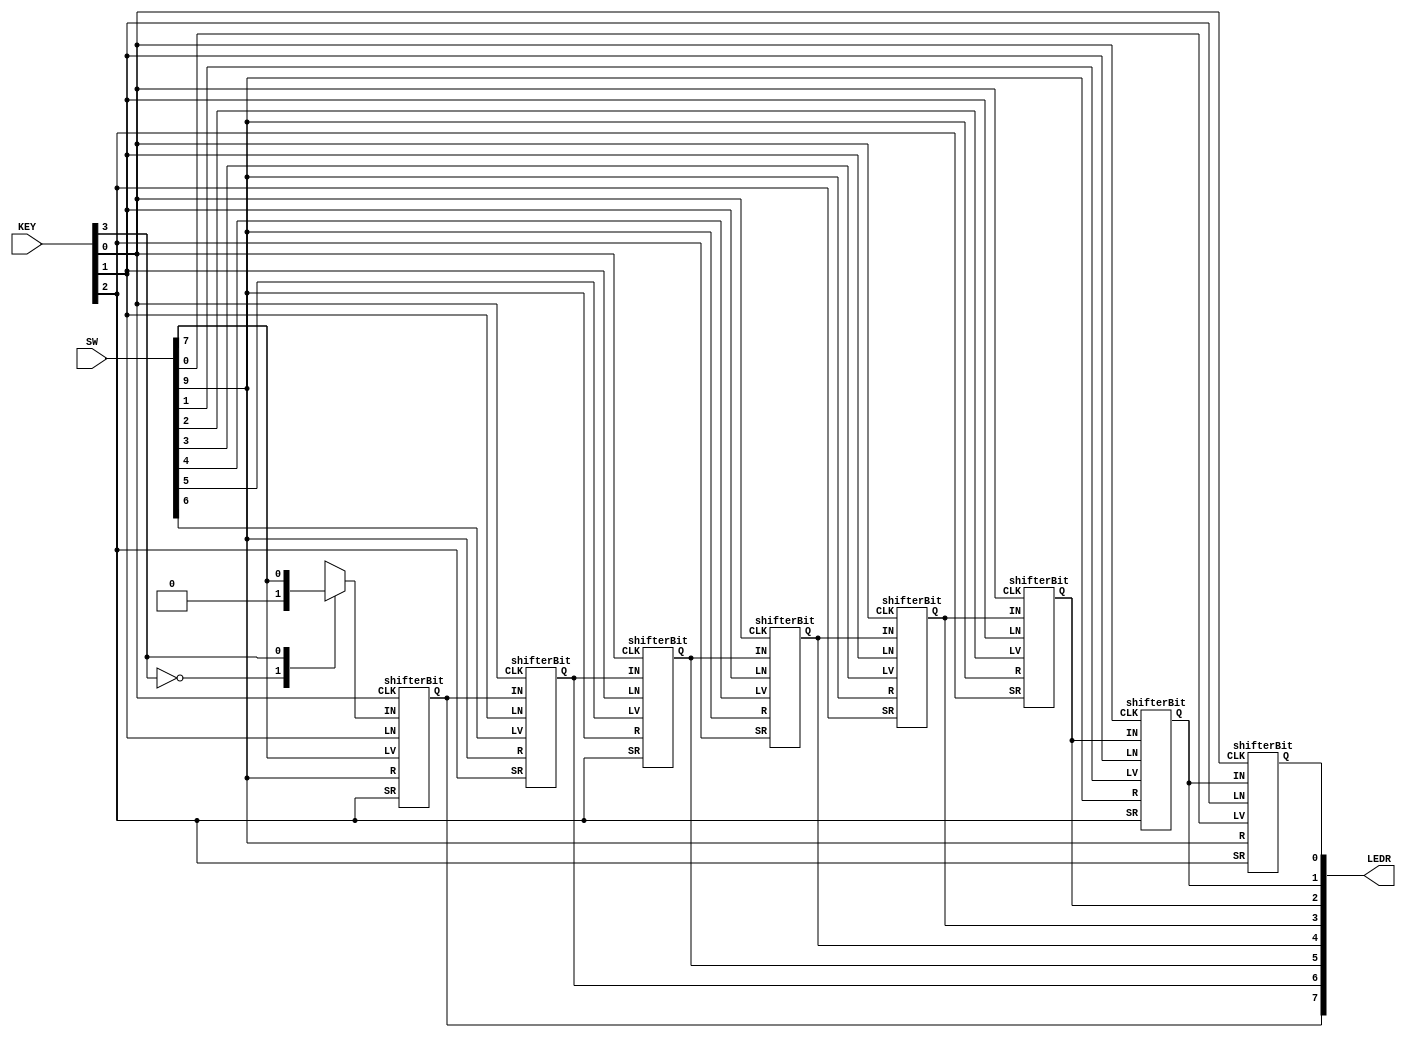
module Part3(SW, KEY, LEDR);
    // SW 7 to 0 for loadVal 7 to 0
	 // SW 9 for reset_n
	 // KEY 1 for load_n
	 // KEY 2 for shift right
	 // KEY 3 for ASR 
	 // KEY 0 for clock
	 // Q to LEDR
	 input [9:0] SW;
	 input [3:0] KEY;
	 output [7:0] LEDR;
	 
	 wire w6, w5, w4, w3, w2, w1, w0;
	 
	 reg firstIn;
		  
	 always @(*)
	 begin
	     case(KEY[3])
		      1'b0: firstIn = 1'b0;
				1'b1: firstIn = SW[7];
				default: firstIn = 1'b0;
			endcase
	 end
	 
	 // left to right bits
	 shifterBit s7(
	     .LV(SW[7]),
		  .IN(firstIn),
		  .LN(KEY[1]),
		  .SR(KEY[2]),
		  .R(SW[9]),
		  .CLK(KEY[0]),
		  .Q(w6)
	 );
	 
	 shifterBit s6(
	     .LV(SW[6]),
		  .IN(w6),
		  .LN(KEY[1]),
		  .SR(KEY[2]),
		  .R(SW[9]),
		  .CLK(KEY[0]),
		  .Q(w5)
	 );
	 
	 shifterBit s5(
	     .LV(SW[5]),
		  .IN(w5),
		  .LN(KEY[1]),
		  .SR(KEY[2]),
		  .R(SW[9]),
		  .CLK(KEY[0]),
		  .Q(w4)
	 );
	 
	 shifterBit s4(
	     .LV(SW[4]),
		  .IN(w4),
		  .LN(KEY[1]),
		  .SR(KEY[2]),
		  .R(SW[9]),
		  .CLK(KEY[0]),
		  .Q(w3)
	 );
	 
	 shifterBit s3(
	     .LV(SW[3]),
		  .IN(w3),
		  .LN(KEY[1]),
		  .SR(KEY[2]),
		  .R(SW[9]),
		  .CLK(KEY[0]),
		  .Q(w2)
	 );
	 
	 shifterBit s2(
	     .LV(SW[2]),
		  .IN(w2),
		  .LN(KEY[1]),
		  .SR(KEY[2]),
		  .R(SW[9]),
		  .CLK(KEY[0]),
		  .Q(w1)
	 );
	 
	 shifterBit s1(
	     .LV(SW[1]),
		  .IN(w1),
		  .LN(KEY[1]),
		  .SR(KEY[2]),
		  .R(SW[9]),
		  .CLK(KEY[0]),
		  .Q(w0)
	 );
	 
	 shifterBit s0(
	     .LV(SW[0]),
		  .IN(w0),
		  .LN(KEY[1]),
		  .SR(KEY[2]),
		  .R(SW[9]),
		  .CLK(KEY[0]),
		  .Q(LEDR[0])
	 );
	 
	 assign LEDR[1] = w0;
	 assign LEDR[2] = w1;
	 assign LEDR[3] = w2;
	 assign LEDR[4] = w3;
	 assign LEDR[5] = w4;
	 assign LEDR[6] = w5;
	 assign LEDR[7] = w6;
	 

endmodule

module shifterBit(LV, IN, LN, SR, R, CLK, Q);
    input LV, IN, LN, SR, R, CLK;
	 output Q;
	 
    wire toMux1;
	 wire toLatch;
	 wire out;
	 
    mux2to1 mux0(
	     .x(out),
		  .y(IN),
		  .s(SR),
		  .m(toMux1)
	 );
	 
	 mux2to1 mux1(
	     .x(LV),
		  .y(toMux1),
		  .s(LN),
		  .m(toLatch)
	 );
	 
	 flipFlop a(
	     .d(toLatch),
		  .clk(CLK),
		  .reset_n(R),
		  .q(out)
	 );
	 
	 assign Q = out;
endmodule

module flipFlop(d, clk, reset_n, q);
    input d;
	 input clk;
	 input reset_n;
	 output reg q;
	 
	 always @(posedge clk)
	 begin
	     if (reset_n == 1'b0)
		      q <= 1'b0;
		  else
		      q <= d;
	 end
endmodule

module mux2to1(x, y, s, m);
    input x, y, s; // s is selector
	 output m; 
	 
	 assign m = s & y | ~s & x;
		  
endmodule